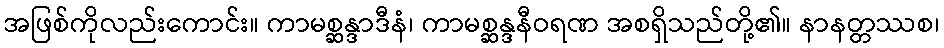
အဖြစ်ကိုလည်းကောင်း။ ကာမစ္ဆန္ဒာဒီနံ၊ ကာမစ္ဆန္ဒနီဝရဏ အစရှိသည်တို့၏။ နာနတ္တဿစ၊